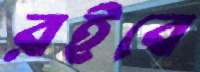
রইবে